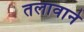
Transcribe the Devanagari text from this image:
तलावाने